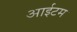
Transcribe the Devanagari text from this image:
आईटम